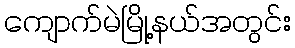
ကျောက်မဲမြို့နယ်အတွင်း